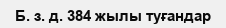
Б. з. д. 384 жылы туғандар